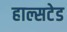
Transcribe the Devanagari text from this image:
हाल्सटेड